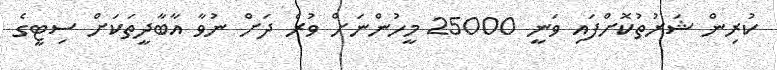
ކުރިން ޝަރުތުކޮށްފައި ވަނީ 25000 މީހުންނަށް ވުރެ ދަށް ނުވާ އާބާދީތަކަށް ސިޓީގެ